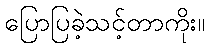
ပြောပြခဲ့သင့်တာကိုး။